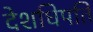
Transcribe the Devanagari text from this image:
देशधिपति